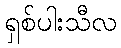
ရှစ်ပါးသီလ